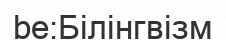
be:Білінгвізм